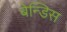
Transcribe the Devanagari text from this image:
बेन्डिस